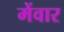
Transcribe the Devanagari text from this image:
मेंवार